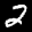
Label: 2